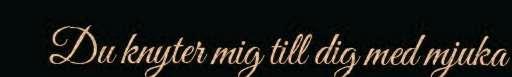
Du knyter mig till dig med mjuka